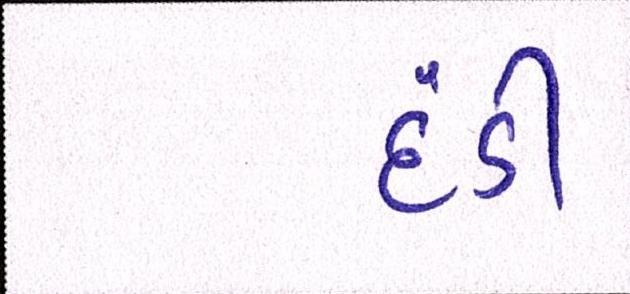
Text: દંડી